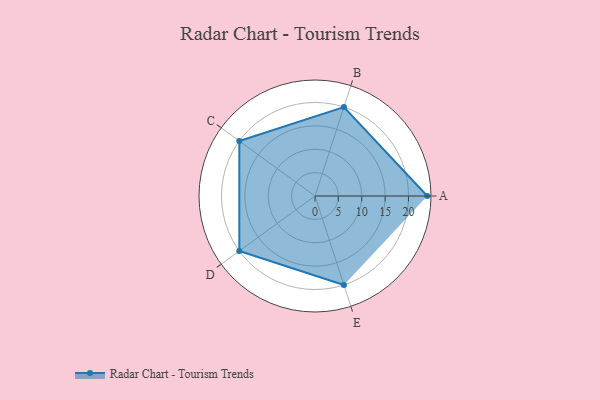
{"axis": {"x": "Skill", "y": "Score"}, "legend": ["Profile"], "data": [{"x": "A", "y": 24.0, "type": "Profile"}, {"x": "B", "y": 20, "type": "Profile"}, {"x": "C", "y": 20, "type": "Profile"}, {"x": "D", "y": 20, "type": "Profile"}, {"x": "E", "y": 20, "type": "Profile"}]}